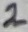
Text: 2